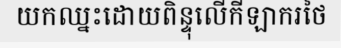
យកឈ្នះដោយពិន្ទុលើកីឡាករថៃ